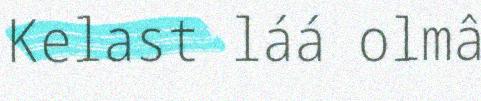
Kelast láá olmâ